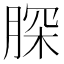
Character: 𦜊